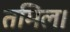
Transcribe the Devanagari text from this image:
तमिल।